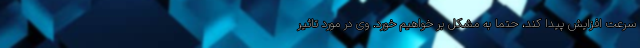
سرعت افزایش پیدا کند، حتما به مشکل بر خواهیم خورد. وی در مورد تاثیر